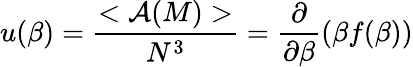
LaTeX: u(\beta)=\frac{<{\cal A}(M)>}{N^{3}}=\frac{\partial}{\partial\beta}(\beta f(\beta))